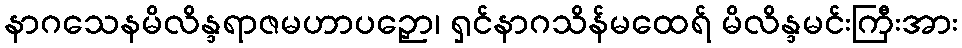
နာဂသေနမိလိန္ဒရာဇမဟာပဉှော၊ ရှင်နာဂသိန်မထေရ် မိလိန္ဒမင်းကြီးအား